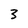
Character: 3